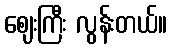
ဈေးကြီး လွန်းတယ်။